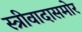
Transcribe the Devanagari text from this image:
स्त्रीवादासमोर